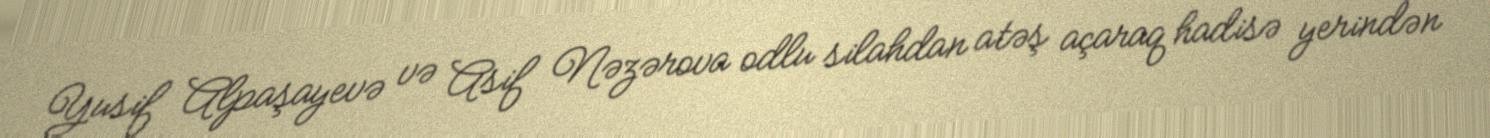
Yusif Alpaşayevə və Asif Nəzərova odlu silahdan atəş açaraq hadisə yerindən